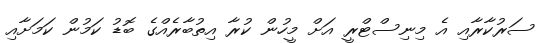
ސަރުކާރާއި އެ މިނިސްޓްރީ އަށް މީހުން ކުރާ އިތުބާރެއްގެ ބޮޑު ކަމުން ކަމަށާއި